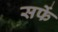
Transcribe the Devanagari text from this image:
सफें